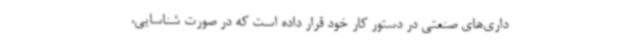
داری‌های صنعتی در دستور کار خود قرار داده است که در صورت شناسایی،